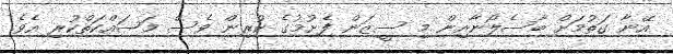
އޭނާ ގަތުމަށް ބާސެލޯނާއިން މި ސީޒަން ފެށުމުގެ ކުރިން ވެސް މަސައްކަތްކުރި އެވެ.